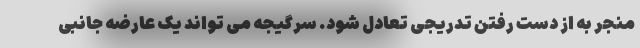
منجر به از دست رفتن تدریجی تعادل شود. سرگیجه می تواند یک عارضه جانبی